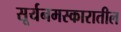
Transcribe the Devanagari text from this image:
सूर्यनमस्कारातील